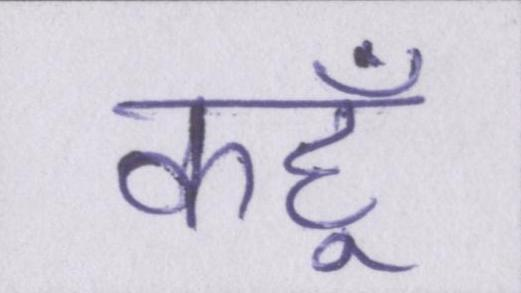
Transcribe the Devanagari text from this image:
कहूँ